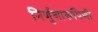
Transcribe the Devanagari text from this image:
निर्णुणारूपिणी